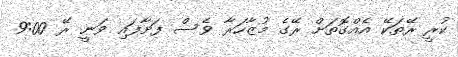
ކުރީ ރޭތަކޭ އެއްގޮތަށް ރޭގެ މުޒާހަރާ ވެސް ފަށާފައި ވަނީ ރޭ 9:00